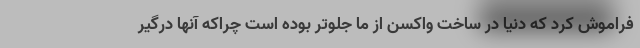
فراموش کرد که دنیا در ساخت واکسن از ما جلوتر بوده است چراکه آنها درگیر